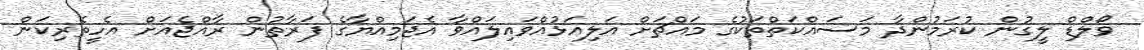
ވޯލްޑް ލީގުން ކުރަމުންދާ މަސައްކަތްތަކުގެ މައްޗަށް އަލިއަޅުއްވައިލައްވާ އެޖަމިއްޔާގެ ފަރާތުން ރާއްޖެއަށް އެހީތެރިކަން